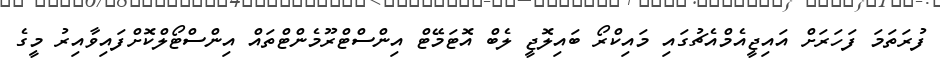
ފުރަތަމަ ފަހަރަށް އައިޖީއެމްއެޗުގައި މައިކްރޯ ބައިލޮޖީ ލެބް އޮޓަމޭޓް އިންސްޓްރޫމެންޓްތައް އިންސްޓޯލްކޮށްފައިވާއިރު މީގެ